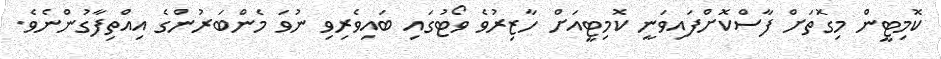
ކޮމިޓީން މިގޮތަށް ފާސްކޮށްފައިވަނީ ކޮމިޓީއަށް ހާޒިރުވެ ވޯޓުގައި ބައިވެރިވި ނުވަ މެންބަރުންގެ އިއްތިފާގުންނެވެ.